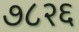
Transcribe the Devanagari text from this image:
७८२६